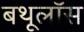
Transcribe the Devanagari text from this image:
बथूलॉस